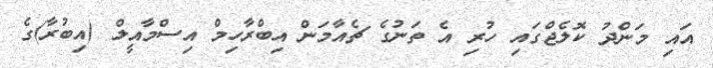
އައި މަންދު ކޮލެޖްގައި ހުރި އެ ތަނުގެ ޗެއާމަން އިބްރާހިމް އިސްމާއީލް (އިބުރާ)ގެ